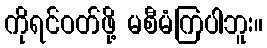
ကိုရင်ဝတ်ဖို့ မစီမံကြပါဘူး။